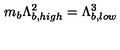
m _ { b } \Lambda _ { b , h i g h } ^ { 2 } = \Lambda _ { b , l o w } ^ { 3 }